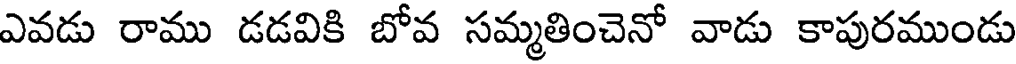
ఎవడు రాము డడవికి బోవ సమ్మతించెనో వాడు కాపురముండు